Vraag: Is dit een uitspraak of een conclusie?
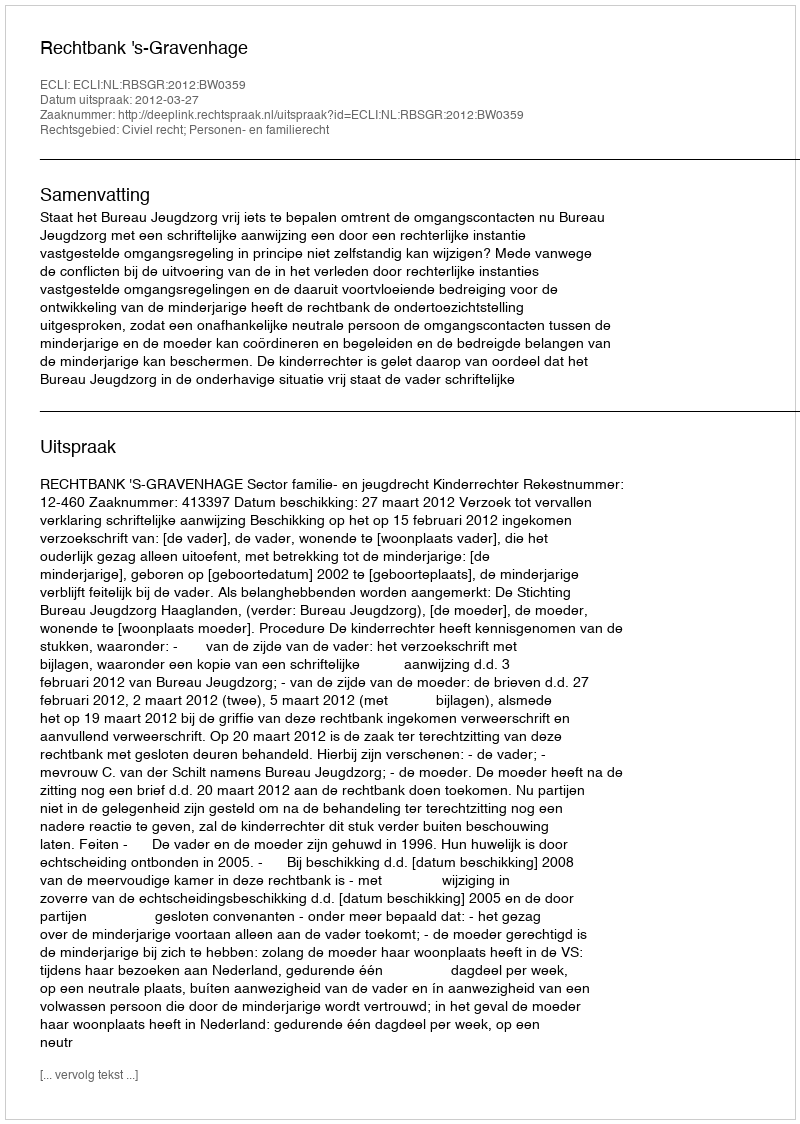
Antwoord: Uitspraak